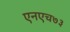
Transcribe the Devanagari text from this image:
एनएच७३